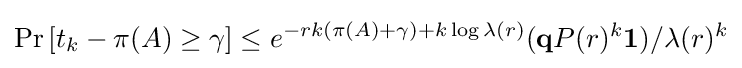
\Pr \left[t_{k}-\pi (A)\geq \gamma \right]\leq e^{-rk(\pi (A)+\gamma )+k\log \lambda (r)}(\mathbf {q} P(r)^{k}\mathbf {1} )/\lambda (r)^{k}